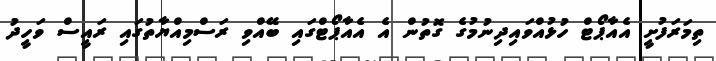
ތިމަރަފުށީ އެއާޕޯޓް ހުޅުއްވައިދިނުމުގެ ގޮތުން އެ އެއާޕޯޓްގައި ބޭއްވި ރަސްމިއްޔާތުގައި ރައީސް ވަހީދު